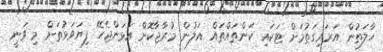
ހާލަތުން އަރައިގަތުމަށް ޓަކައި ކަންތައްތައް އަލުން މުރާޖާކޮށް އަޅަންޖެހޭ ފިޔަވަޅުތަށް މި ވަނީ